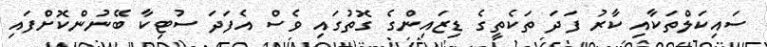
ސައިކަލްތަކާއި ކާރު ފަދަ ތަކެތީގެ ޑިޒައިންގެ ގޮތުގައި ވެސް އެފަދަ ސުޓިކާ ބޭނުންކޮށްފައި